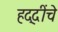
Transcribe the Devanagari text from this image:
हद्दींचे